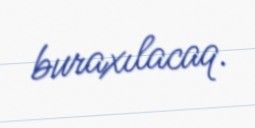
buraxılacaq.